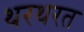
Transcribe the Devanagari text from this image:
थरथरत